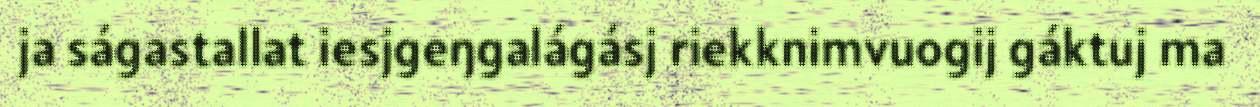
ja ságastallat iesjgeŋgalágásj riekknimvuogij gáktuj ma